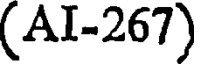
(AI-267)